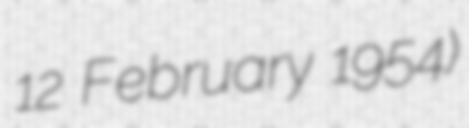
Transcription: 12 February 1954)